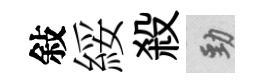
敍綏殺勁